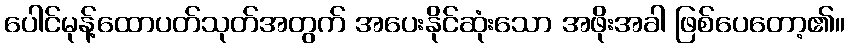
ပေါင်မုန့်ထောပတ်သုတ်အတွက် အပေးနိုင်ဆုံးသော အဖိုးအခါ ဖြစ်ပေတော့၏။